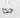
جدا